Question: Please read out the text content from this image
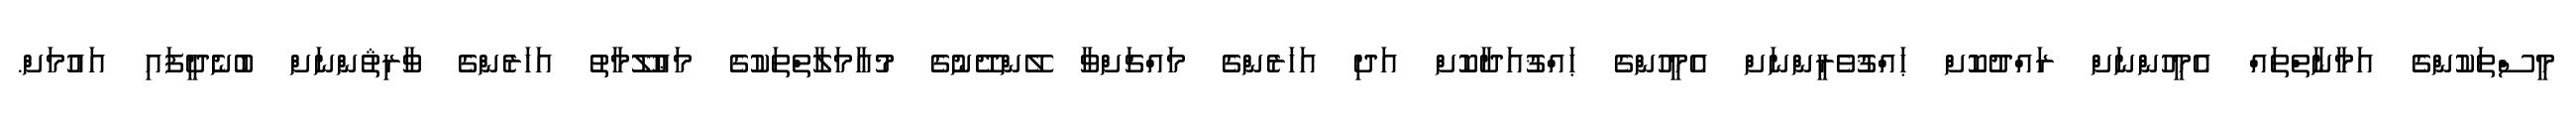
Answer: މީސްތަކުންގެ އަމާނާތްތައް އެމީހުންނަށް ރައްދުކޮށް ޙައްޤުވެރީންނަށް އެމީހުންގެ ޙައްޤުއަދާކޮށް އަދި އަހަރެންގެ މައްޗަށްވާ ލޭންދޭނުގެ މުޢާމަލާތްތަކުގެ މަޢުލޫމާތު އަހަރެންގެ ވާރިޘުންނަށް ބުނެދީފައި އައުމަށް.